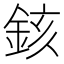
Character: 䤤